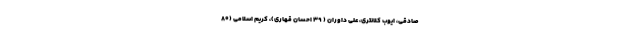
صادقی، ایوب کلانتری، علی داوران ( ۳۹ احسان قهاری)، کریم اسلامی (۸۰